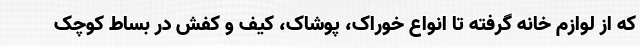
که از لوازم خانه گرفته تا انواع خوراک، پوشاک، کیف و کفش در بساط کوچک